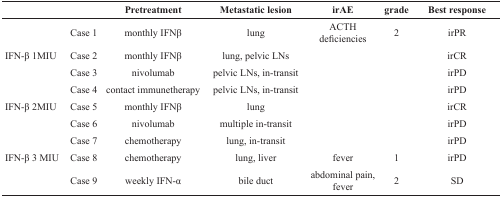
<table><thead><tr><td></td><td></td><td><b>Pretreatment</b></td><td><b>Metastatic lesion</b></td><td><b>irAE</b></td><td><b>grade</b></td><td><b>Best response</b></td></tr></thead><tbody><tr><td></td><td>Case 1</td><td>monthly IFNβ</td><td>lung</td><td>ACTH deficiencies</td><td>2</td><td>irPR</td></tr><tr><td>IFN-β 1MIU</td><td>Case 2</td><td>monthly IFNβ</td><td>lung, pelvic LNs</td><td></td><td></td><td>irCR</td></tr><tr><td></td><td>Case 3</td><td>nivolumab</td><td>pelvic LNs, in-transit</td><td></td><td></td><td>irPD</td></tr><tr><td></td><td>Case 4</td><td>contact immunetherapy</td><td>pelvic LNs, in-transit</td><td></td><td></td><td>irPD</td></tr><tr><td>IFN-β 2MIU</td><td>Case 5</td><td>monthly IFNβ</td><td>lung</td><td></td><td></td><td>irCR</td></tr><tr><td></td><td>Case 6</td><td>nivolumab</td><td>multiple in-transit</td><td></td><td></td><td>irPD</td></tr><tr><td></td><td>Case 7</td><td>chemotherapy</td><td>lung, in-transit</td><td></td><td></td><td>irPD</td></tr><tr><td>IFN-β 3 MIU</td><td>Case 8</td><td>chemotherapy</td><td>lung, liver</td><td>fever</td><td>1</td><td>irPD</td></tr><tr><td></td><td>Case 9</td><td>weekly IFN-α</td><td>bile duct</td><td>abdominal pain, fever</td><td>2</td><td>SD</td></tr></tbody></table>